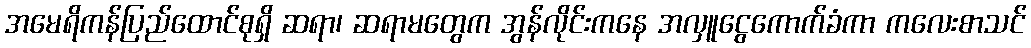
အမေရိကန်ပြည်ထောင်စုရှိ ဆရာ၊ ဆရာမတွေက အွန်လိုင်းကနေ အလှူငွေကောက်ခံကာ ကလေးစာသင်